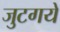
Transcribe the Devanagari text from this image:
जुटगये